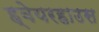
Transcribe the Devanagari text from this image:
ह्वेयरहाउस